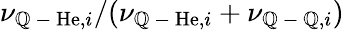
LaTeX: \nu_{\mathbb{Q}\mathrm{{~-~}}\mathrm{{He}},i}/(\nu_{\mathbb{Q}\mathrm{{~-~}}\mathrm{{He}},i}+\nu_{\mathbb{Q}\mathrm{{~-~}}\mathbb{Q},i})